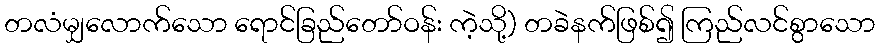
တလံမျှလောက်သော ရောင်ခြည်တော်ဝန်း ကဲ့သို့) တခဲနက်ဖြစ်၍ ကြည်လင်စွာသော